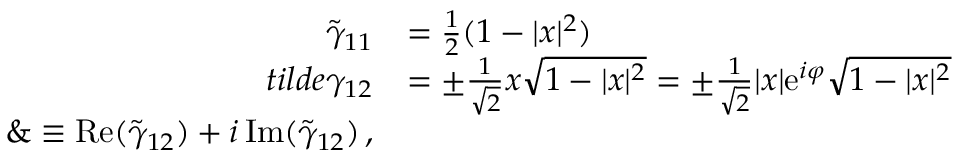
\begin{array} { r l } { \tilde { \gamma } _ { 1 1 } } & { = \frac { 1 } { 2 } ( 1 - | x | ^ { 2 } ) } \\ { t i l d e { \gamma } _ { 1 2 } } & { = \pm \frac { 1 } { \sqrt { 2 } } x \sqrt { 1 - | x | ^ { 2 } } = \pm \frac { 1 } { \sqrt { 2 } } | x | \mathrm { e } ^ { i \varphi } \sqrt { 1 - | x | ^ { 2 } } } \\ { \& \equiv \mathrm { R e } ( \tilde { \gamma } _ { 1 2 } ) + i \, \mathrm { I m } ( \tilde { \gamma } _ { 1 2 } ) \, , } \end{array}